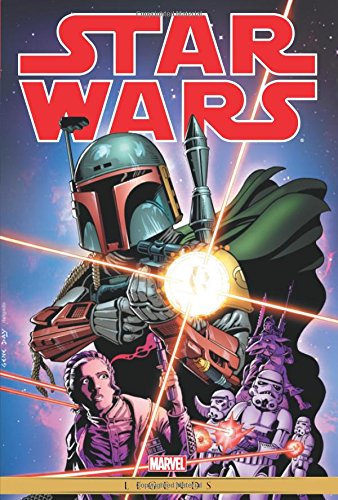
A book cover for Star Wars: The Original Marvel Years Omnibus Volume 2; Marvel Comics; Comics & Graphic Novels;